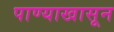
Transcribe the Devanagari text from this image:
पाण्याखासून